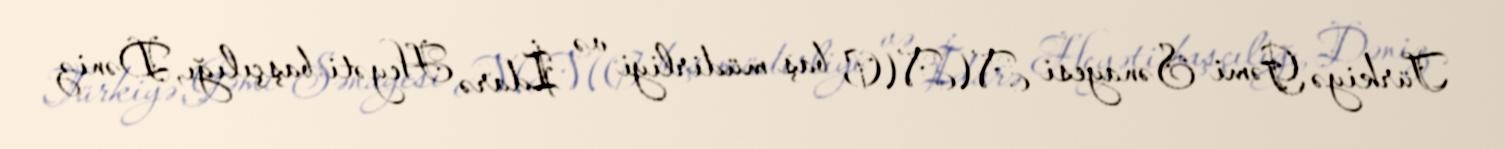
Türkiyə Gəmi Sənayesi MMC baş müdirliyi və İdarə Heyəti başçılığı, Dəniz